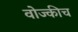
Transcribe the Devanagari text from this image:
वोज्कीच